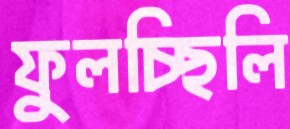
ফুলচ্ছিলি